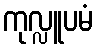
ကုလ္လူပမံ